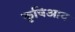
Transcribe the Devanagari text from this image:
कृषिआय